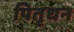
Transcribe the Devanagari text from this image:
पितृधन